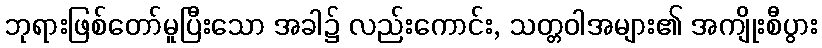
ဘုရားဖြစ်တော်မူပြီးသော အခါ၌ လည်းကောင်း, သတ္တဝါအများ၏ အကျိုးစီပွား